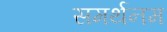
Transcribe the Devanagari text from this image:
समर्थनम